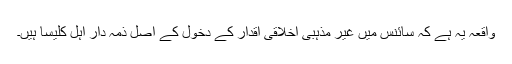
واقعہ یہ ہے کہ سائنس میں غیر مذہبی اخلاقی اقدار کے دخول کے اصل ذمہ دار اہل کلیسا ہیں۔